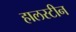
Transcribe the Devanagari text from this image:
हालस्टीन